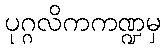
ပုဂ္ဂလိကကဏ္ဍမှ